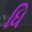
ધિ